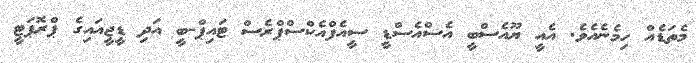
މެތަޑެއް ހިމެެނެއެވެ. އެއީ ޔޫއެސްބީ އެސްއެސްޑީ ސީއެފްއެކްސްޕްރެސް ޓައިޕް-ބީ އަދި ޑީޖީއައިގެ ޕްރޮޕަޓީ